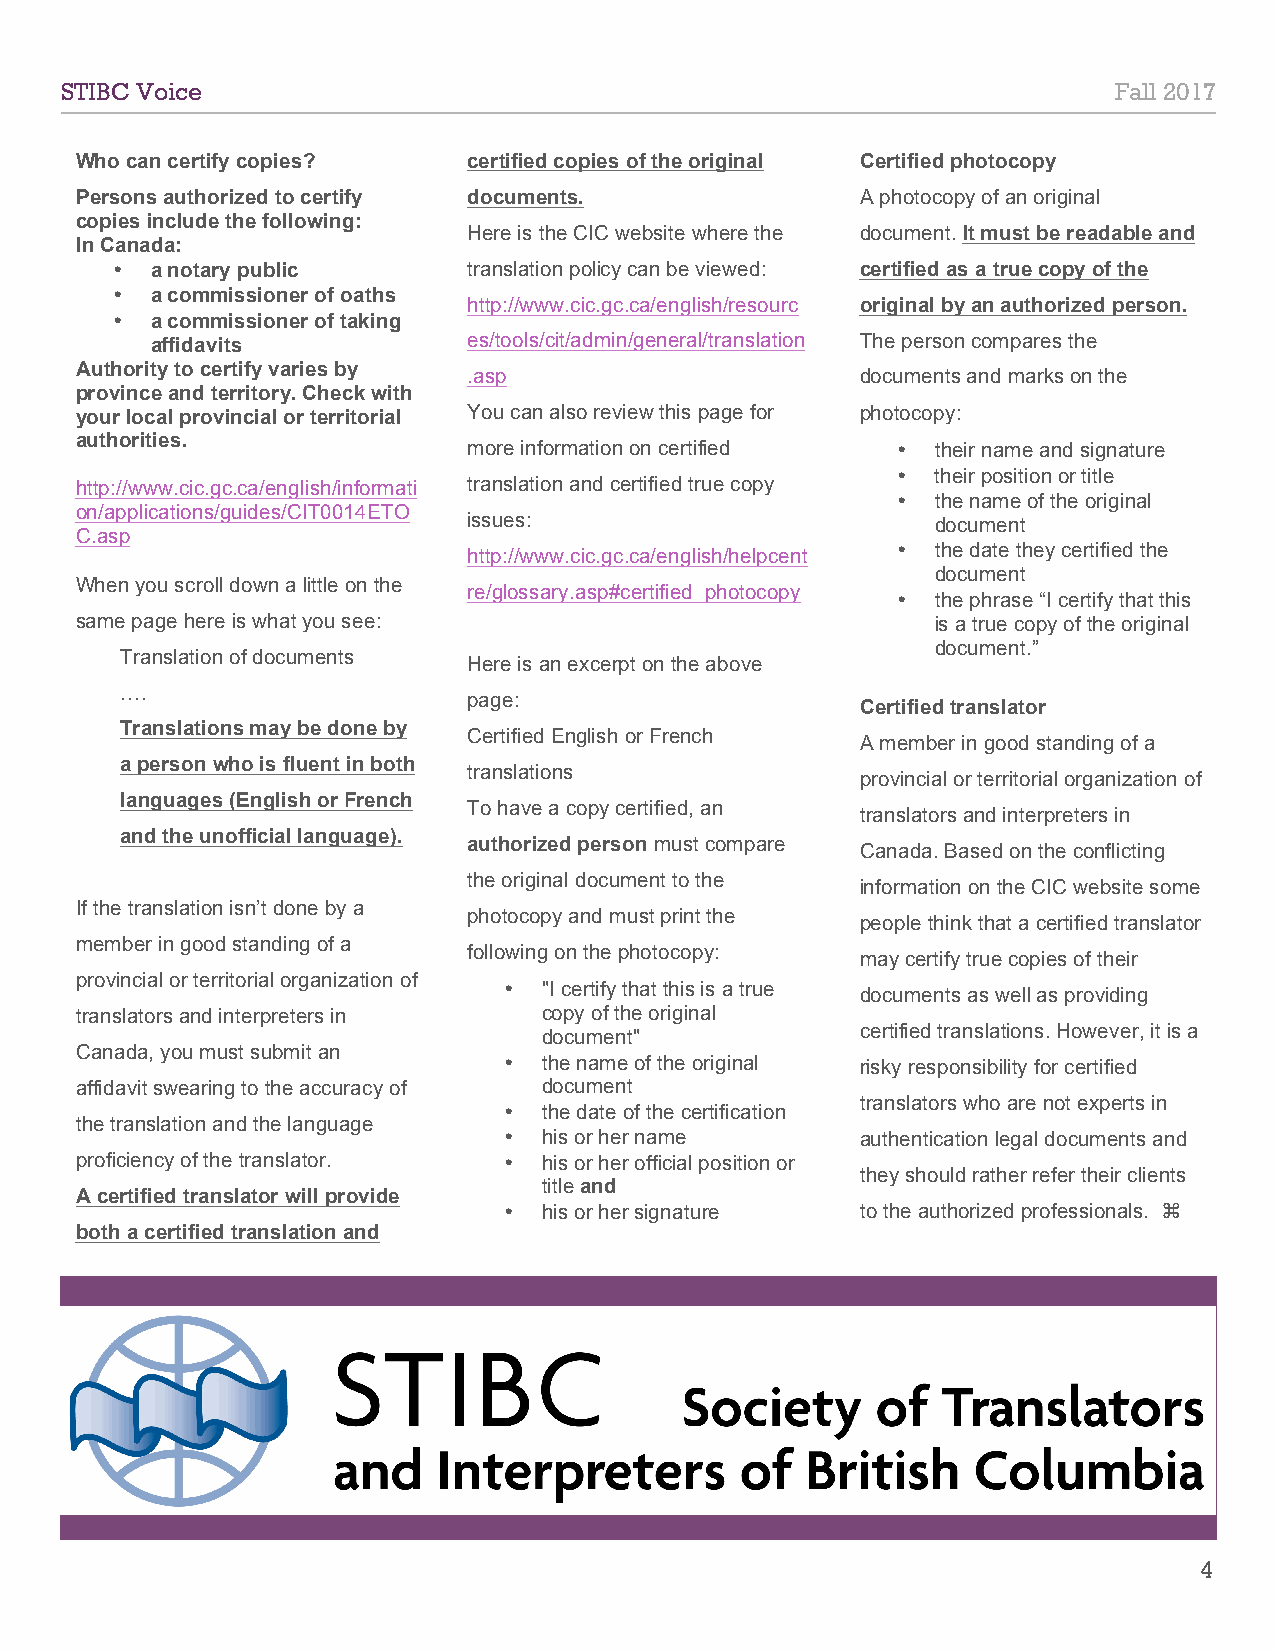
435
 STIBC Voice                                                           Fall 2017
 Who can certify copies?   certified copies of the original Certified photocopy
 Persons authorized to certify documents.            A photocopy of an original
 copies include the following:
 Here is the CIC website where the document. It must be readable and
 In Canada:
 •  a notary public      translation policy can be viewed: certified as a true copy of the
 •  a commissioner of oaths
 http://www.cic.gc.ca/english/resourc original by an authorized person.
 •  a commissioner of taking
 affidavits           es/tools/cit/admin/general/translation The person compares the
 Authority to certify varies by
 .asp                      documents and marks on the
 province and territory. Check with
 your local provincial or territorial You can also review this page for photocopy:
 authorities.
 more information on certified • their name and signature
 •  their position or title
 http://www.cic.gc.ca/english/informati translation and certified true copy
 •  the name of the original
 on/applications/guides/CIT0014ETO
 issues:                        document
 C.asp
 http://www.cic.gc.ca/english/helpcent • the date they certified the
 document
 When you scroll down a little on the
 re/glossary.asp#certified_photocopy
 •  the phrase “I certify that this
 same page here is what you see:                          is a true copy of the original
 document.”
 Translation of documents
 Here is an excerpt on the above
 ….
 page:
 Certified translator
 Translations may be done by
 Certified English or French
 A member in good standing of a
 a person who is fluent in both
 translations
 provincial or territorial organization of
 languages (English or French
 To have a copy certified, an
 translators and interpreters in
 and the unofficial language).
 authorized person must compare
 Canada. Based on the conflicting
 the original document to the
 information on the CIC website some
 If the translation isn’t done by a
 photocopy and must print the
 people think that a certified translator
 member in good standing of a
 following on the photocopy:
 may certify true copies of their
 provincial or territorial organization of
 •  "I certify that this is a true documents as well as providing
 translators and interpreters in copy of the original
 certified translations. However, it is a
 document"
 Canada, you must submit an
 •  the name of the original risky responsibility for certified
 affidavit swearing to the accuracy of document
 translators who are not experts in
 •  the date of the certification
 the translation and the language
 •  his or her name      authentication legal documents and
 proficiency of the translator. • his or her official position or
 they should rather refer their clients
 title and
 A certified translator will provide
 •  his or her signature to the authorized professionals. ⌘
 both a certified translation and
 4